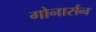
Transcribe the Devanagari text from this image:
गोनार्सन